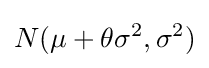
N(\mu +\theta \sigma ^{2},\sigma ^{2})